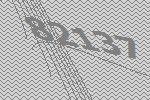
82137